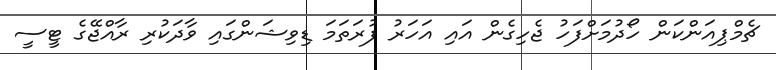
ޗެމްޕިއަންކަން ހޯދުމަށްފަހު ޖެހިގެން އައި އަހަރު ފުރަތަމަ ޑިވިޝަންގައި ވާދަކުރި ރާއްޖޭގެ ޓީސީ